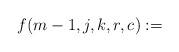
LaTeX: \begin{align*}\small f(m-1,j,k,r,c) := \end{align*}